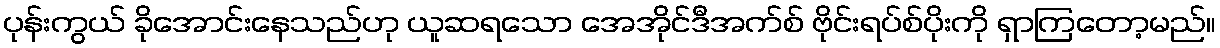
ပုန်းကွယ် ခိုအောင်းနေသည်ဟု ယူဆရသော အေအိုင်ဒီအက်စ် ဗိုင်းရပ်စ်ပိုးကို ရှာကြတော့မည်။